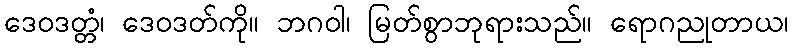
ဒေဝဒတ္တံ၊ ဒေဝဒတ်ကို။ ဘဂဝါ၊ မြတ်စွာဘုရားသည်။ ရောဂညုတာယ၊